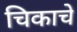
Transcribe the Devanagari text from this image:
चिकाचे